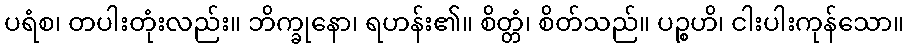
ပရံစ၊ တပါးတုံးလည်း။ ဘိက္ခုနော၊ ရဟန်း၏။ စိတ္တံ၊ စိတ်သည်။ ပဉ္စဟိ၊ ငါးပါးကုန်သော။